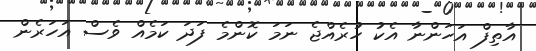
އާތިފް އަހަންނާ އެކު ހުރެއްޖެ ނަމަ ކޮންމެ ފަދަ ކަމެއް ވެސް އަހަރެން